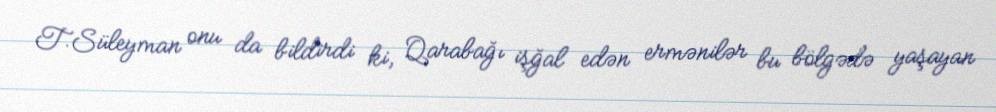
T.Süleyman onu da bildirdi ki, Qarabağı işğal edən ermənilər bu bölgədə yaşayan